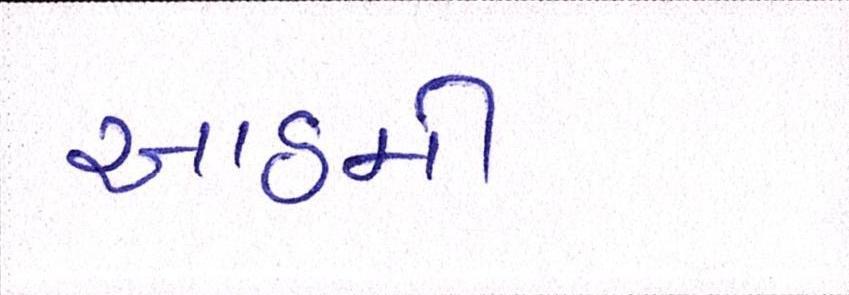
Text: આઠમી